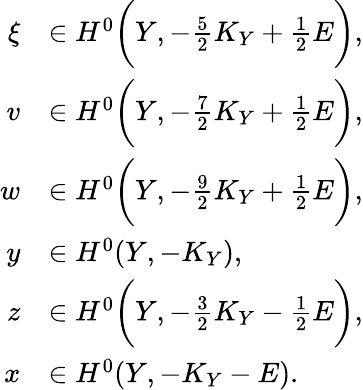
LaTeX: \begin{array}{rl}{\xi}&{\in H^{0}\bigg(Y,-\frac{5}{2}K_{Y}+\frac{1}{2}E\bigg),}\\ {v}&{\in H^{0}\bigg(Y,-\frac{7}{2}K_{Y}+\frac{1}{2}E\bigg),}\\ {w}&{\in H^{0}\bigg(Y,-\frac{9}{2}K_{Y}+\frac{1}{2}E\bigg),}\\ {y}&{\in H^{0}(Y,-K_{Y}),}\\ {z}&{\in H^{0}\bigg(Y,-\frac{3}{2}K_{Y}-\frac{1}{2}E\bigg),}\\ {x}&{\in H^{0}(Y,-K_{Y}-E).}\end{array}